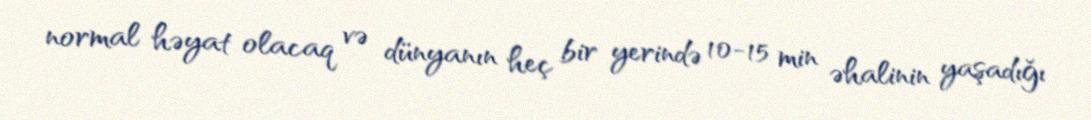
normal həyat olacaq və dünyanın heç bir yerində 10-15 min əhalinin yaşadığı